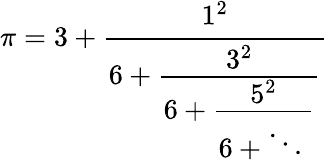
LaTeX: \pi={3+{\cfrac{1^{2}}{6+{\cfrac{3^{2}}{6+{\cfrac{5^{2}}{6+\ddots\, }}}}}}}